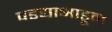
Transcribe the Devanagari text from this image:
पडद्याआडून